Medical and sanitary report of the native army of Bengal for the year
Year: 1874
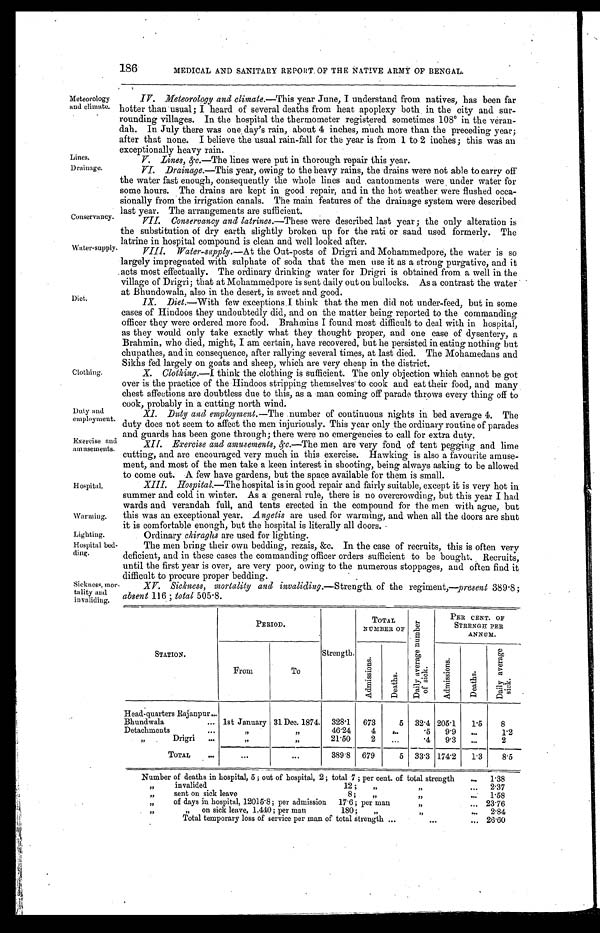
Meteorology
and climate.
Lines.
Drainage.
Conservancy.
Water-supply.
Diet,
Clothing.
Duty and
employment.
Exercise and
amusements.
Hospital.
Warming,
Lighting.
Hospital bed,
ding.
oickness, mor
tality and
invaliding.
IV. Meteorology and climate.– This year June, I understand from natives, has been far
hotter than usual; I heard of several deaths from heat apoplexy both in the city and sur-
rounding villages. In the hospital the thermometer registered sometimes 108° in the veran--
dah. In July there was one day's rain, about 4 inches, much more than the preceding year;
after that none. I believe the usual rain-fall for the year is from 1 to 2 inches; this was an
exceptionally heavy rain.
V. Lines,&c.—The lines were put in thorough repair this year.
VI. .Drainage.—This year, owing to the heavy rains, the drains were not able to carry off
the water fast enough, consequently the whole lines and cantonments were under water for
some hours. The drains are kept in good repair, and in the hot weather were flushed occa-
sionally from the irrigation canals. The main features of the drainage system were described
last year. The arrangements are sufficient.
VII. Conservancy and latrines.—These were described last year; the only alteration is
the substitution of dry earth slightly broken up for the rati or sand used formerly. The
latrine in hospital compound is clean and well looked after.
VIII.
Water-supply.— At the Out-posts of Drigri and Mohammedpore, the water is so
largely impregnated with sulphate of soda that the men use it as a strong purgative, and it
acts most effectually. The ordinary drinking water for Drigri is obtained from a well in the
village of Drigri; that at Mohammedpore is sent daily out on bullocks. As a contrast the water
at Bhundowala, also in the desert, is sweet and good.
IX. Diet .—With few exceptions I think that the men did not under-feed, but in some
cases of Hindoos they undoubtedly did, and on the matter being reported to the commanding
officer they were ordered more food. Brahmins I found most difficult to deal with in hospital,
as they would only take exactly what they thought proper, and one case of dysentery, a
Brahmin, who died, might, I am certain, have recovered, but he persisted in eating nothing but
chupathes, and in consequence, after rallying several times, at last died. The Mohamedans and
Sikhs fed largely on goats and sheep, which are very cheap in the district.
X. Clothing.—I think the clothing is sufficient. The only objection which cannot be got
over is the practice of the Hindoos stripping themselves to cook and eat their food, and many
chest affections are doubtless due to this, as a man coming off parade throws every thing off to
cook, probably in a cutting north wind.
XI.Duty and employment.—The number of continuous nights in bed average 4. The
duty does not seem to affect the men injuriously. This year only the ordinary routine of parades
and guards has been gone through; there were no emergencies to call for extra duty.
XII. Exercise and amusements, &c.—The men are very fond of tent pegging and lime
cutting, and are encouraged very much in this exercise. Hawking is also a favourite amuse-
ment, and most of the men take a keen interest in shooting, being always asking to be allowed
to come out. A few have gardens, but the space available for them is small.
XIII. Hospital.—The hospital is in good repair and fairly suitable, except it is very hot in
summer and cold in winter. As a general rule, there is no overcrowding, but this year I had
wards and verandah full, and tents erected in the compound for the men with ague, but
this was an exceptional year. Angetis are used for warming, and when all the doors are shut
it is comfortable enough, but the hospital is literally all doors.
Ordinary chiraghs are used for lighting.
The men bring their own bedding, rezais, &c. In the case of recruits, this is often very
deficient, and in these cases the commanding Officer orders suffi
cient to be bought. Recruits,
until the first year is over, are very poor, owing to the numerous stoppages, and often find it
difficult to procure proper bedding.
XV. Sickness, mortality and invaliding.— Strength of the regiment,—present 389.8;
absent 116: total 505.8.
STATION.
PERIOD.
Strength.
TOTAL
NUMBER OF
D a i l y a v e r a g e n u m b e r o f s i c k .
PER CENT. OF
STRENGH PER
ANNUM.
From
To
A d m i s s i o n .
D e a t h .
A d m i s s i o n .
D e a t h .
D a i l y a v e r a g e s i c k .
Head-quarters Rajanpur...
Bhundwala
... 1st January 31 Dec. 1874. 328.1
673
5 32.4 205.1
1 . 5
8
Detachment
. . .
, ,
,,
46.24
4
. . .
.5
9.9
...
1.2
„
Drigri
. . .
, ,
, ,
21.50
2
. . .
.4
9.3
...
2
TOTAL
...
. . .
...
389.8
679
5
33.3 174.2
1.3
8.5
Number of deaths in hospital, 5 ; out of hospital, 2 ; total 7 ; per cent. of total strength
...
1.38
, ,
invalided
12 ;
,,
,f
...
2.37
, ,
sent on sick leave
8 ;
7,
,,
1.58
, ,
of days in hospital, 12015'8; per admission
17 . 6; per man
!I
...
23 . 76
, ,
,
on sick leave, 1,440; per man
iotal
180 ;
„
...
2-84
temporary loss of service per man of total strength ...
...
.,. 26.60